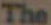
The